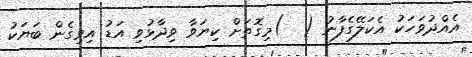
އެއްދުވަހަކު އެކަލޭގެފާނު (  )މިގޮތަށް ކިޔަވާ ވިދާޅުވި އަޑު އިވިގެން ބަޔަކު